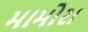
મામોરા